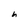
Character: h